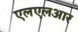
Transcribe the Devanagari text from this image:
एलएलआर